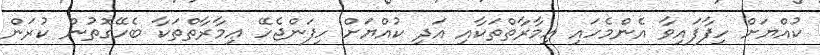
ކުއްޔަށް ހިފާފައިވާ އެންމެހައި ޢިމާރާތްތަކާއި އަދި ކުއްޔަށް ހިފަންޖެހޭ ޢިމާރާތްތަކާ ބެހޭގޮތުން ކުރަން